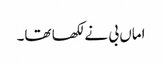
اماں بی نے لکھا تھا۔